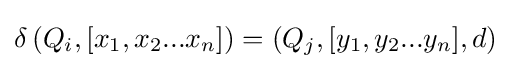
\delta \left(Q_{i},[x_{1},x_{2}...x_{n}]\right)=(Q_{j},[y_{1},y_{2}...y_{n}],d)